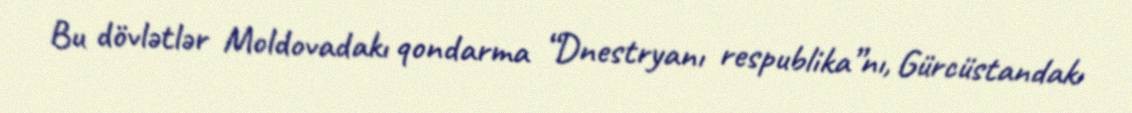
Bu dövlətlər Moldovadakı qondarma “Dnestryanı respublika”nı, Gürcüstandakı